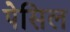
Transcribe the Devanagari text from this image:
पेसिल